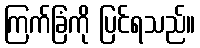
ကြက်ခြံကို ပြင်ရသည်။